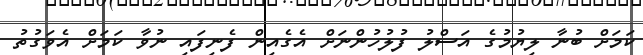
ކަމަށް ބުނާ ލިޔުމުގެ އަސްލު ފުލުހުންނަށް އެގެއިން ފެނިފައި ނުވާ ކަމަށް އެވަގުތު